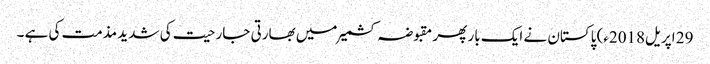
29 اپریل2018ء) پاکستان نے ایک بار پھر مقبوضہ کشمیر میں بھارتی جارحیت کی شدید مذمت کی ہے ۔